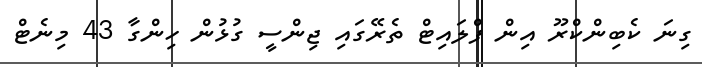
ގިނަ ކެބިންކްރޫ އިން ފްލައިޓް ތެރޭގައި ޖިންސީ ގުޅުން ހިންގާ 43 މިނެޓް